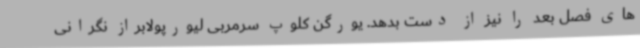
های فصل بعد را نیز از دست بدهد. یورگن کلوپ سرمربی لیورپولابراز نگرانی